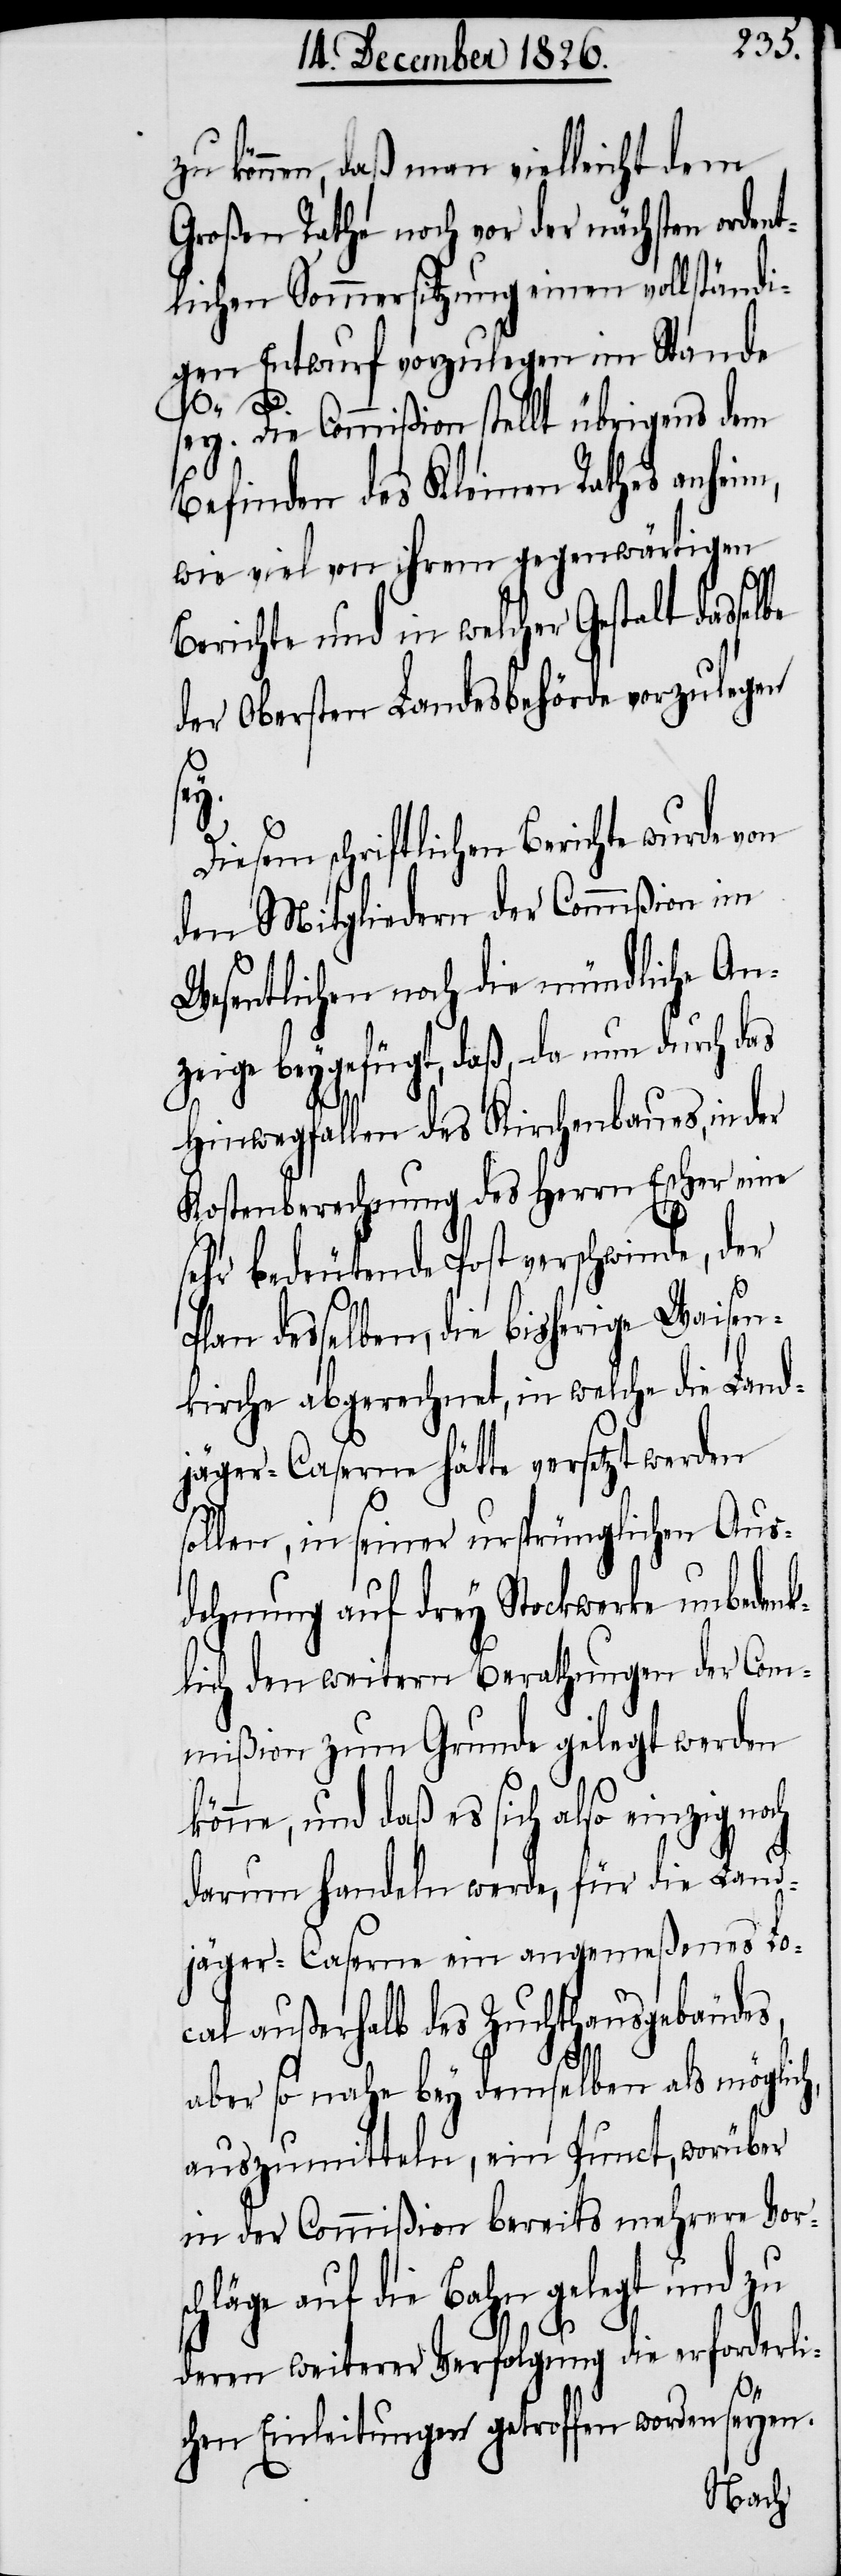
zu können, daß man vielleicht dem
Großen Rathe noch vor der nächsten ordent¬
lichen Sommersitzung einen vollständi¬
gen Entwurf vorzulegen im Stande
sey. Die Commißion stellt übrigens dem
Befinden des Kleinen Rathes anheim,
wie viel von ihrem gegenwärtigen
Berichte und in welcher Gestalt dasse¬
der Obersten Landesbehörde vorzulegen
zu
Diesem schriftlichen Berichte wurde von
den Mitgliedern der Commißion im
Wesentlichen noch die mündliche An¬
zeige beygefügt, daß, da nun durch das
Hinwegfallen des Kirchenbaues, in der
Kostenberechnung des Herrn Escher eine
sehr bedeutende Post verschwinde, der
Plan desselben, die bisherige Waisen¬
kirche abgerechnet, in welche die Land¬
jäger-Caserne hätte versetzt werden
sollen, in seiner ursprünglichen Aus¬
dehnung auf drey Stockwerke unbedenk¬
lich den weitern Berathungen der Com¬
mißion zum Grunde gelegt werden
könne, und daß es sich also einzig noch
darum handeln werde, für die Land¬
jäger-Caserne ein angemeßenes Lo¬
cal außerhalb des Zuchthausgebäudes,
ch¬
aber so nahe bey demselben als möglic¬
auszumitteln, ein Punct, worüber
in der Commißion bereits mehrere Vors¬
läge auf die Bahn gelegt und
deren weiterer Verfolgung die erforderli¬
chen Einleitungen getroffen worden seyen.